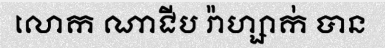
លោក ណាជីប រ៉ាហ្សាក់ បាន